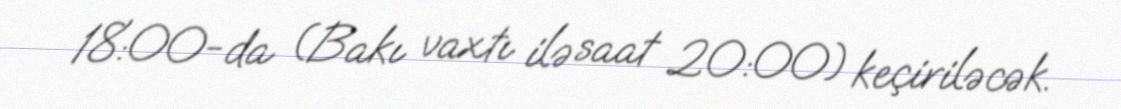
18:00-da (Bakı vaxtı ilə saat 20:00) keçiriləcək.